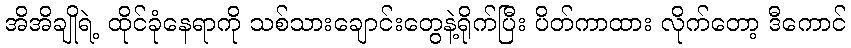
အိအိချိုရဲ့ ထိုင်ခုံနေရာကို သစ်သားချောင်းတွေနဲ့ရိုက်ပြီး ပိတ်ကာထား လိုက်တော့ ဒီကောင်